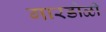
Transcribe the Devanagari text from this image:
गारडोळी